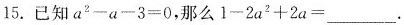
15.已知$$a^{2}-a-3=0$$，那么$$1-2a^{2}+2a=___$$。